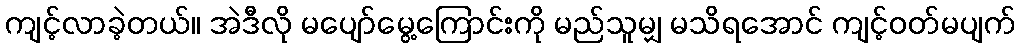
ကျင့်လာခဲ့တယ်။ အဲဒီလို မပျော်မွေ့ကြောင်းကို မည်သူမျှ မသိရအောင် ကျင့်ဝတ်မပျက်